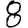
Digit: 8